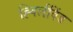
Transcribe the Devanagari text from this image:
ह्विर्लविंड